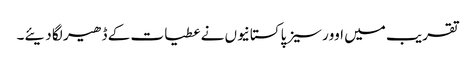
تقریب میں اوورسیز پاکستانیوں نے عطیات کے ڈھیر لگا دیئے۔